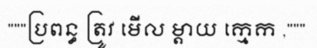
"""ប្រពន្ធ ត្រូវ មើល ម្តាយ ក្មេក ,"""